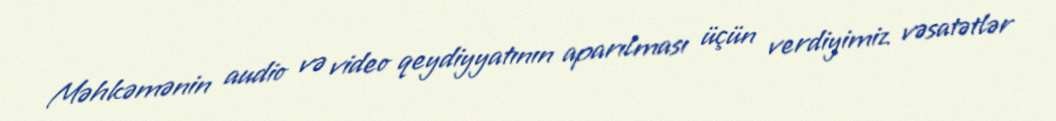
Məhkəmənin audio və video qeydiyyatının aparılması üçün verdiyimiz vəsatətlər